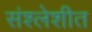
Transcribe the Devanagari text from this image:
संश्लेशीत